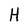
Character: H